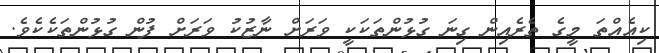
ކިއެއްތަ މީގެ ތެރެއިން ގިނަ ގުޅުންތަކަކީ ވަރަށް ނާޒުކު ވަރަށް ފުން ގުޅުންތަކެކެވެ.